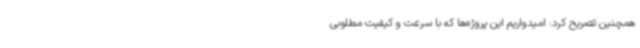
همچنین تصریح کرد: امیدواریم این پروژه‌ها که با سرعت و کیفیت مطلوبی